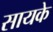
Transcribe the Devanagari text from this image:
सायके